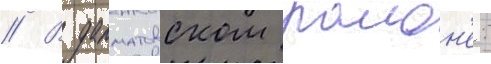
// В далматовском раион'е: